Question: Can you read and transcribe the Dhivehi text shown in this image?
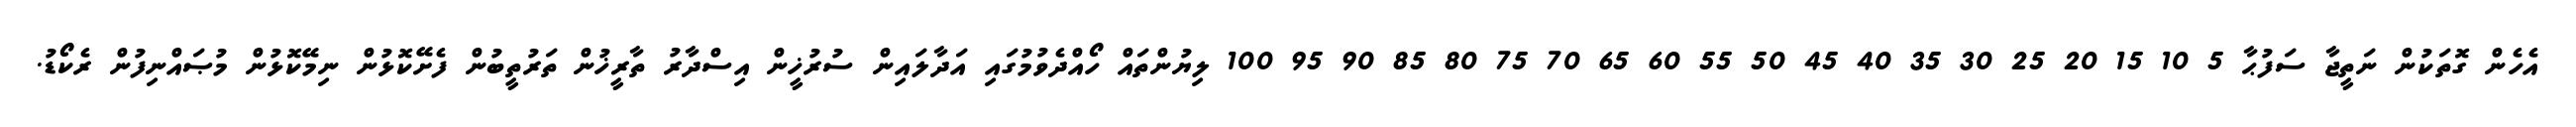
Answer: އެހެން ގޮތަކުން ނަތީޖާ ސަފުޙާ 5 10 15 20 25 30 35 40 45 50 55 60 65 70 75 80 85 90 95 100 ލިޔުންތައް ހޯއްދެވުމުގައި އަދާލައިން ސުރުޚީން އިސްދާރު ތާރީޚުން ތަރުތީބުން ފެށޭކޮޅުން ނިމޭކޮޅުން މުޞައްނިފުން ރެކޯޑު.